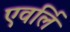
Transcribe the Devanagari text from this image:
एवर्लि